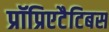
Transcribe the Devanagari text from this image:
प्रॉप्रिएटैटिबस